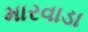
મારવાડા